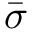
\bar { \sigma }